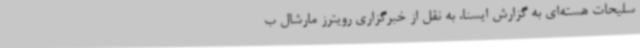
سلیحات هسته‌ای به گزارش ایسنا، به نقل از خبرگزاری رویترز مارشال ب